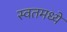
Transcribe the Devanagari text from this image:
स्वतमध्ये